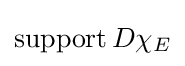
\operatorname {support} D\chi _{E}